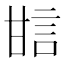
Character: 𤯆